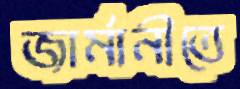
জার্মানীতে